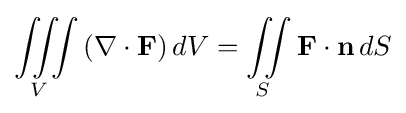
\iiint \limits _{V}\left(\nabla \cdot \mathbf {F} \right)dV=\iint \limits _{S}\mathbf {F} \cdot \mathbf {n} \,dS